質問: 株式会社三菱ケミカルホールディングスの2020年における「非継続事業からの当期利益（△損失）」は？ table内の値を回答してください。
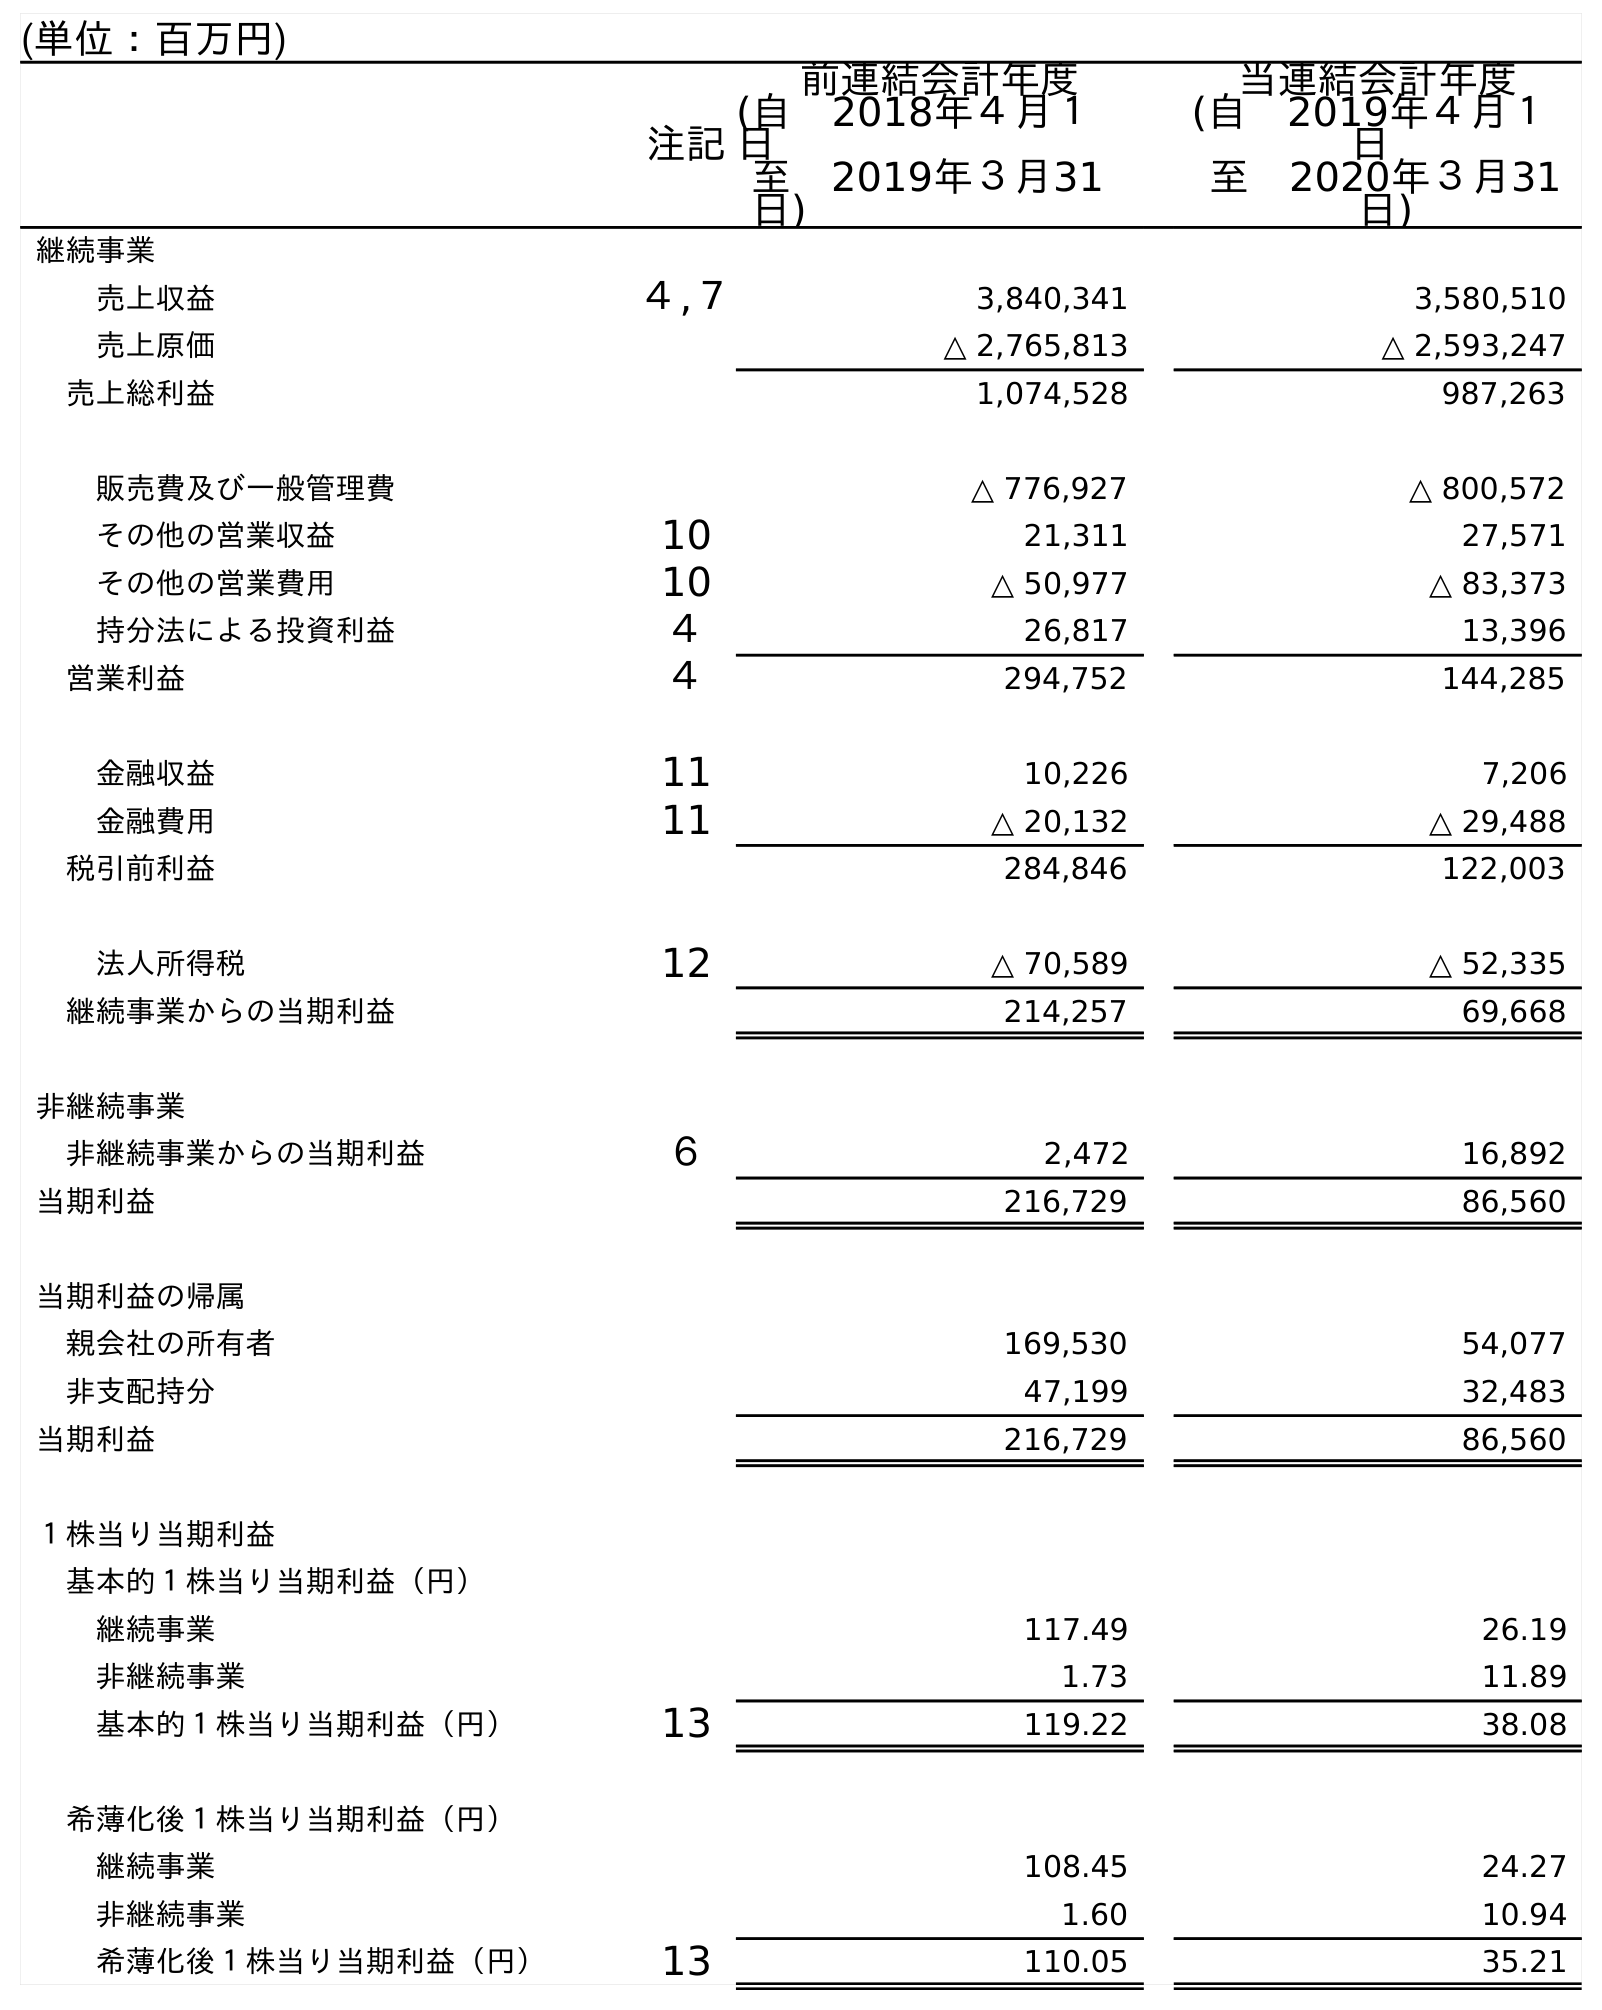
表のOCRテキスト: (単位：百万円) 注記 前連結会計年度 (自 2018年４月１ 日 至 2019年３月31 日) 当連結会計年度 (自 2019年４月１ 日 至 2020年３月31 日) 継続事業 売上収益 ４,７ 3,840,341 3,580,510 売上原価 △ 2,765,813 △ 2,593,247 売上総利益 1,074,528 987,263 販売費及び一般管理費 △ 776,927 △ 800,572 その他の営業収益 10 21,311 27,571 その他の営業費用 10 △ 50,977 △ 83,373 持分法による投資利益 ４ 26,817 13,396 営業利益 ４ 294,752 144,285 金融収益 11 10,226 7,206 金融費用 11 △ 20,132 △ 29,488 税引前利益 284,846 122,003 法人所得税 12 △ 70,589 △ 52,335 継続事業からの当期利益 214,257 69,668 非継続事業 非継続事業からの当期利益 ６ 2,472 16,892 当期利益 216,729 86,560 当期利益の帰属 親会社の所有者 169,530 54,077 非支配持分 47,199 32,483 当期利益 216,729 86,560 １株当り当期利益 基本的１株当り当期利益（円） 継続事業 117.49 26.19 非継続事業 1.73 11.89 基本的１株当り当期利益（円） 13 119.22 38.08 希薄化後１株当り当期利益（円） 継続事業 108.45 24.27 非継続事業 1.60 10.94 希薄化後１株当り当期利益（円） 13 110.05 35.21
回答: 16,892